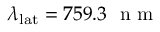
\lambda _ { \mathrm { l a t } } = 7 5 9 . 3 \, \ensuremath { \, \mathrm { ~ n ~ m ~ } }